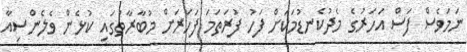
ނަމަވެސް ފަސް އަހަރުގެ މެދުކެނޑުމަކަށް ފަހު ފުރަތަމަ ފަހަރަށް މުބާރާތުގައި ކުޅެން ވެލެންސިއާ